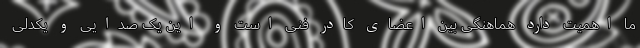
ما اهمیت دارد هماهنگی بین اعضای کادر فنی است و این یک صدایی و یکدلی